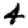
Digit: 4